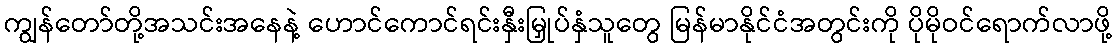
ကျွန်တော်တို့အသင်းအနေနဲ့ ဟောင်ကောင်ရင်းနှီးမြှုပ်နှံသူတွေ မြန်မာနိုင်ငံအတွင်းကို ပိုမိုဝင်ရောက်လာဖို့